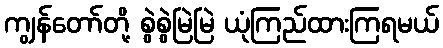
ကျွန်တော်တို့ စွဲစွဲမြဲမြဲ ယုံကြည်ထားကြရမယ်